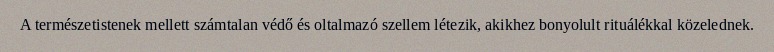
A természetistenek mellett számtalan védő és oltalmazó szellem létezik, akikhez bonyolult rituálékkal közelednek.